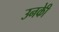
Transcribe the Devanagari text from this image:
उनकीे